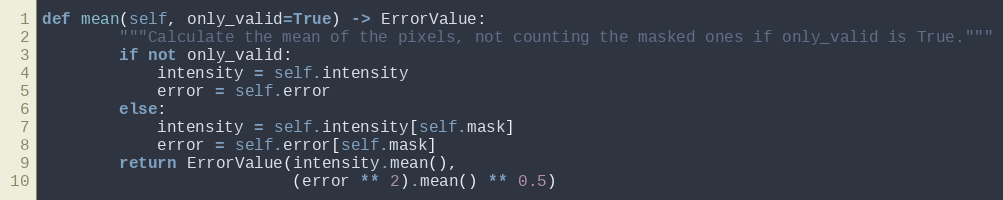
Language: Python
def mean(self, only_valid=True) -> ErrorValue:
        """Calculate the mean of the pixels, not counting the masked ones if only_valid is True."""
        if not only_valid:
            intensity = self.intensity
            error = self.error
        else:
            intensity = self.intensity[self.mask]
            error = self.error[self.mask]
        return ErrorValue(intensity.mean(),
                          (error ** 2).mean() ** 0.5)